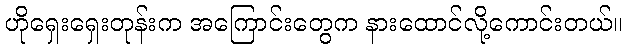
ဟိုရှေးရှေးတုန်းက အကြောင်းတွေက နားထောင်လို့ကောင်းတယ်။